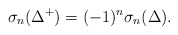
\begin{align*} \sigma_n (\Delta^+ )=(-1)^n \sigma_n (\Delta ) .\end{align*}